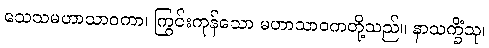
သေသမဟာသာဝကာ၊ ကြွင်းကုန်သော မဟာသာဝကတို့သည်။ နာသက္ခိံသု၊